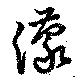
濛